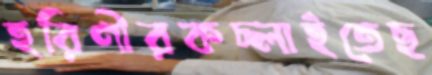
হরিণীরকচ্‌লাইতেছ